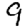
Digit: 9